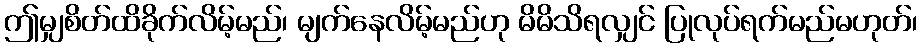
ဤမျှစိတ်ထိခိုက်လိမ့်မည်၊ မျက်နေလိမ့်မည်ဟု မိမိသိရလျှင် ပြုလုပ်ရက်မည်မဟုတ်၊